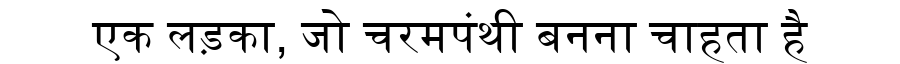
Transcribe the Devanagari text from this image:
एक लड़का, जो चरमपंथी बनना चाहता है